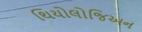
થિયોલોજિઅન